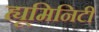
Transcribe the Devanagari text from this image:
ह्यूमिनिटी